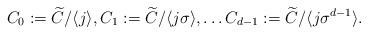
LaTeX: \begin{align*}C_0:=\widetilde C/\langle j \rangle, C_1:=\widetilde C/\langle j\sigma \rangle, \ldots C_{d-1}:=\widetilde C/\langle j\sigma^{d-1} \rangle.\end{align*}